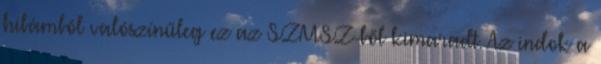
hibámból valószínűleg ez az SZMSZ-ből kimaradt. Az indok a